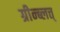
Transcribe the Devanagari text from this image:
ग्रीन्ब्लत्त्